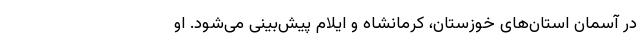
در آسمان استان‌های خوزستان، کرمانشاه و ایلام پیش‌بینی می‌شود. او